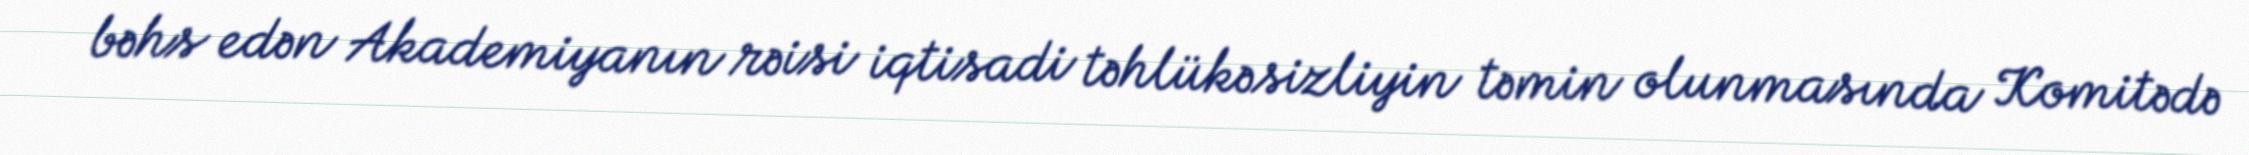
bəhs edən Akademiyanın rəisi iqtisadi təhlükəsizliyin təmin olunmasında Komitədə